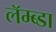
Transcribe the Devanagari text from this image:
लॅम्ब्डा